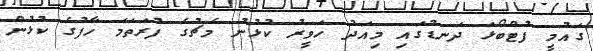
ގައުމީ ފުޓްބޯޅަ ދަނޑުގައި މިއަދު ހަވީރު ކުޅުނު މެޗުގެ ފުރަތަމަ ހާފުގެ ކުޅުން